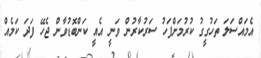
އެމައްސަލަ ތަހުގީގު ކުރުމަށްފަހު ސަރުކާރުން ވަނީ އެއީ ކަންބޮޑުވާން ޖެހޭ ފަދަ ކަމެއް